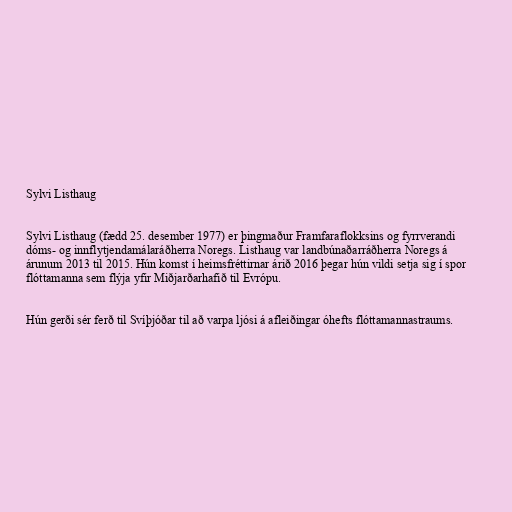
Sylvi Listhaug

Sylvi Listhaug (fædd 25. desember 1977) er þingmaður Framfaraflokksins og fyrrverandi
dóms- og inn­flytj­enda­málaráðherra Nor­egs. Listhaug var landbúnaðarráðherra Noregs á
árunum 2013 til 2015. Hún komst í heimsfréttirnar árið 2016 þegar hún vildi setja sig í spor
flóttamanna sem flýja yfir Miðjarðarhafið til Evrópu.

Hún gerði sér ferð til Svíþjóðar til að varpa ljósi á afleiðingar óhefts flóttamannastraums.